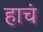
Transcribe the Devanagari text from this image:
हाचं